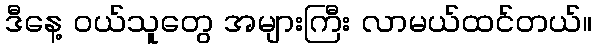
ဒီနေ့ ဝယ်သူတွေ အများကြီး လာမယ်ထင်တယ်။